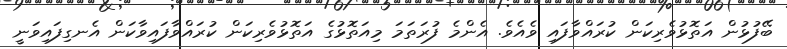
ބޭފުޅުން އަތޮޅުވެރިކަން ކުރައްވާފައި ވެއެވެ. އެންމެ ފުރަތަމަ މިއަތޮޅުގެ އަތޮޅުވެރިކަން ކުރައްވާފައިވާކަން އެނގިފައިވަނީ